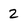
Character: 2